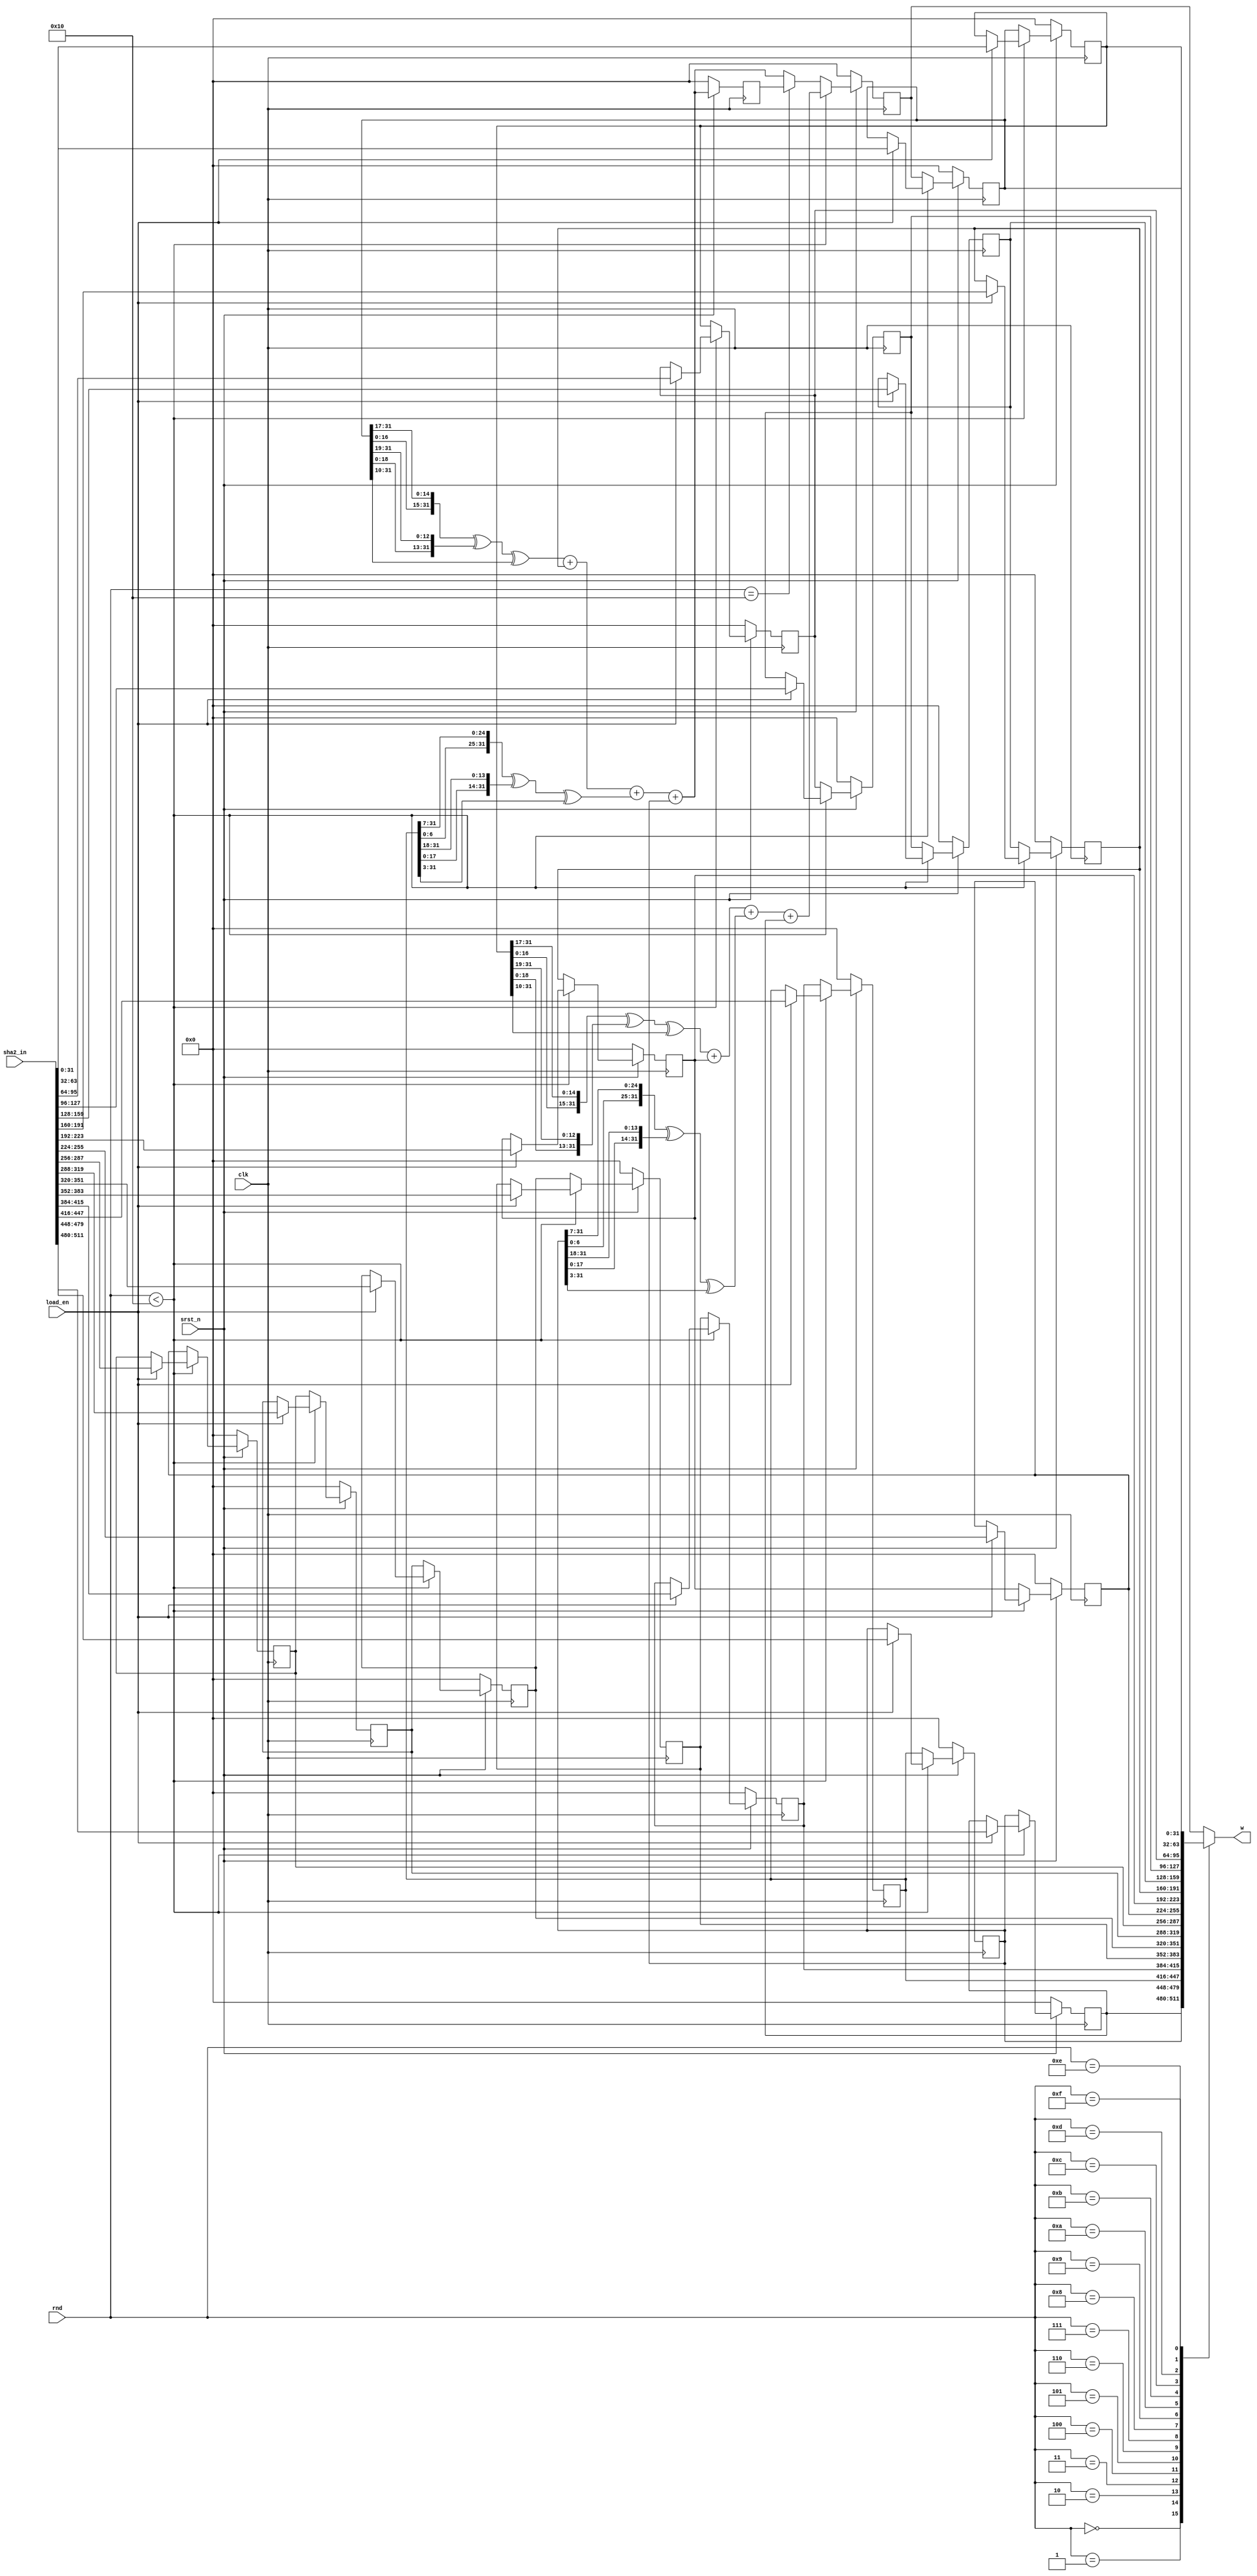
module sha2_w_ctr(
    input clk,
    input srst_n,
    input [5:0] rnd,
    input load_en,
    input [511:0] sha2_in,

    output reg [31:0] w
);

reg [31:0] w0, w1, w2, w3, w4, w5, w6, w7, w8, w9, w10, w11, w12, w13, w14, w15, w16, w17;
reg [31:0] w0_new, w1_new, w2_new, w3_new, w4_new, w5_new, w6_new, w7_new, w8_new, w9_new, w10_new, w11_new, w12_new, w13_new, w14_new, w15_new, w16_new, w17_new;
reg [31:0] delta1_w14, delta0_w1;
reg [31:0] delta1_w15, delta0_w2;


always @(*) begin
  // Prepare w17
  delta1_w15 = {w15[16:0], w15[31:17]} ^ {w15[18:0], w15[31:19]} ^ {10'b0000000000, w15[31:10]};
  delta0_w2 = {w2[6:0], w2[31:7]} ^ {w2[17:0], w2[31:18]} ^ {3'b000, w2[31:3]};
  w17_new = delta1_w15 + w10 + delta0_w2 + w1;
  if (rnd < 16) begin
    if (load_en) begin
      w0_new = sha2_in[511:480];
      w1_new = sha2_in[479:448];
      w2_new = sha2_in[447:416];
      w3_new = sha2_in[415:384];
      w4_new = sha2_in[383:352];
      w5_new = sha2_in[351:320];
      w6_new = sha2_in[319:288];
      w7_new = sha2_in[287:256];
      w8_new = sha2_in[255:224];
      w9_new = sha2_in[223:192];
      w10_new = sha2_in[191:160];
      w11_new = sha2_in[159:128];
      w12_new = sha2_in[127:96];
      w13_new = sha2_in[95:64];
      w14_new = sha2_in[63:32];
      w15_new = sha2_in[31:0];
    end
    else begin
      w0_new = w0;
      w1_new = w1;
      w2_new = w2;
      w3_new = w3;
      w4_new = w4;
      w5_new = w5;
      w6_new = w6;
      w7_new = w7;
      w8_new = w8;
      w9_new = w9;
      w10_new = w10;
      w11_new = w11;
      w12_new = w12;
      w13_new = w13;
      w14_new = w14;
      w15_new = w15;
    end
    // Prepare w16
    delta1_w14 = {w14[16:0], w14[31:17]} ^ {w14[18:0], w14[31:19]} ^ {10'b0000000000, w14[31:10]};
    delta0_w1 = {w1[6:0], w1[31:7]} ^ {w1[17:0], w1[31:18]} ^ {3'b000, w1[31:3]};
    w16_new = delta1_w14 + w9 + delta0_w1 + w0;
  end
  else if (rnd == 16) begin
    w0_new = w1;
    w1_new = w2;
    w2_new = w3;
    w3_new = w4;
    w4_new = w5;
    w5_new = w6;
    w6_new = w7;
    w7_new = w8;
    w8_new = w9;
    w9_new = w10;
    w10_new = w11;
    w11_new = w12;
    w12_new = w13;
    w13_new = w14;
    w14_new = w15;
    w15_new = w16;
    w16_new = w17;
  end
  else begin
    w0_new = w1;
    w1_new = w2;
    w2_new = w3;
    w3_new = w4;
    w4_new = w5;
    w5_new = w6;
    w6_new = w7;
    w7_new = w8;
    w8_new = w9;
    w9_new = w10;
    w10_new = w11;
    w11_new = w12;
    w12_new = w13;
    w13_new = w14;
    w14_new = w15;
    w15_new = w16;
    w16_new = w17_new;
  end
end

// Select w
always @(*) begin
  case(rnd)
    6'd0: w = w0;
    6'd1: w = w1;
    6'd2: w = w2;
    6'd3: w = w3;
    6'd4: w = w4;
    6'd5: w = w5;
    6'd6: w = w6;
    6'd7: w = w7;
    6'd8: w = w8;
    6'd9: w = w9;
    6'd10: w = w10;
    6'd11: w = w11;
    6'd12: w = w12;
    6'd13: w = w13;
    6'd14: w = w14;
    6'd15: w = w15;
    default: w = w16;
  endcase
end

always @(posedge clk) begin
  if (~srst_n) begin
    w0 <= 0;
    w1 <= 0;
    w2 <= 0;
    w3 <= 0;
    w4 <= 0;
    w5 <= 0;
    w6 <= 0;
    w7 <= 0;
    w8 <= 0;
    w9 <= 0;
    w10 <= 0;
    w11 <= 0;
    w12 <= 0;
    w13 <= 0;
    w14 <= 0;
    w15 <= 0;
    w16 <= 0;
    w17 <= 0;
  end
  else begin
    w0 <= w0_new;
    w1 <= w1_new;
    w2 <= w2_new;
    w3 <= w3_new;
    w4 <= w4_new;
    w5 <= w5_new;
    w6 <= w6_new;
    w7 <= w7_new;
    w8 <= w8_new;
    w9 <= w9_new;
    w10 <= w10_new;
    w11 <= w11_new;
    w12 <= w12_new;
    w13 <= w13_new;
    w14 <= w14_new;
    w15 <= w15_new;
    w16 <= w16_new;
    w17 <= w17_new;
  end
end

endmodule